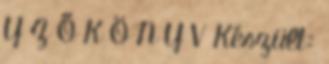
Y Z Ő K Ö N Y V Készült: